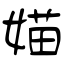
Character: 媌